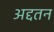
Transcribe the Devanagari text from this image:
अद्दतन